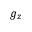
g _ { z }